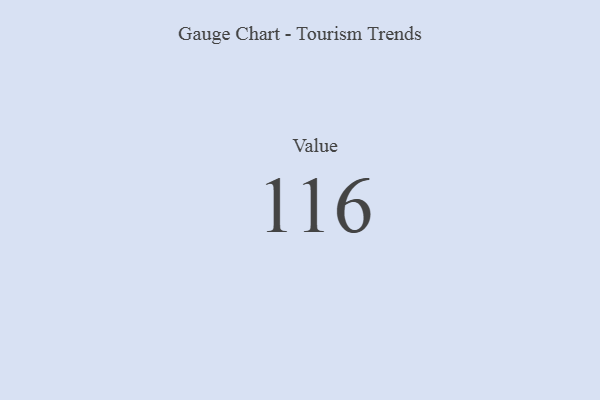
{"axis": {"x": "Metric", "y": "Value"}, "legend": [""], "data": [{"x": "Value", "y": 116, "type": ""}]}